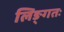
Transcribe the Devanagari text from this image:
लिङ्गतः